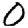
Digit: 0